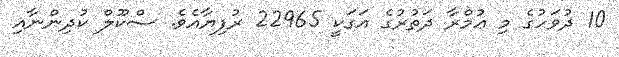
10 ދުވަހުގެ މި ޢުމްރާ ދަތުރުގެ އަގަކީ 22965 ރުފިޔާއެވެ. ސްކޫލް ކުދިންނާއި